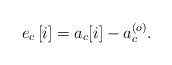
LaTeX: \begin{align*} e_c\left[i\right]=a_c{\left[i\right]}-a_c^{\left(o\right)}.\end{align*}